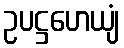
ဥပဋ္ဌဟေယျံ